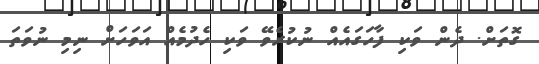
ގޮތަށް. ދެން ވަކި ފާހަގައެއް ނުކުރެވޭ ވަކި ހެދުމެއް އަވަހަށް ނިމި ނުވަތަ